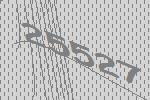
25527